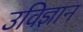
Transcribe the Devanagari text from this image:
उविज्ञान